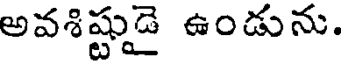
అవశిష్టుడై ఉండును.